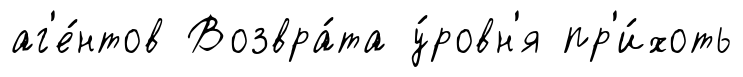
аг'е́нтов Возвра́та у́ровн'я пр'и́хоть